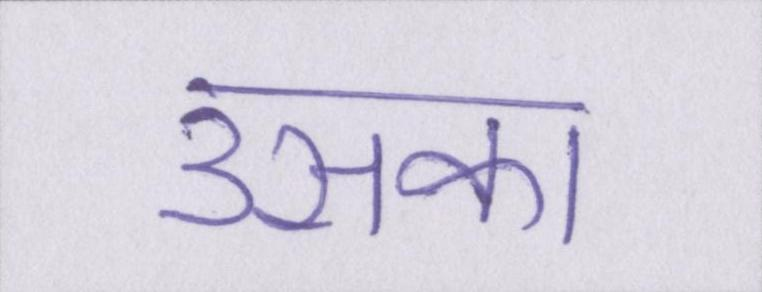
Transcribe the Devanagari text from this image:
उसका